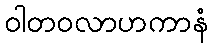
ဝါတဝလာဟကာနံ